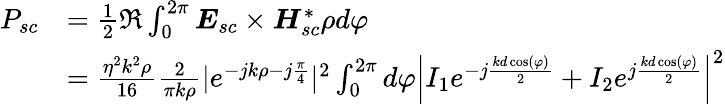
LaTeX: \begin{array}{rl}{P_{sc}}&{=\frac{1}{2}\Re\int_{0}^{2\pi}\boldsymbol{E}_{sc}\times\boldsymbol{H}_{sc}^{*}\rho d\varphi}\\ &{=\frac{\eta^{2}k^{2}\rho}{16}\frac{2}{\pi k\rho}|e^{-jk\rho-j\frac{\pi}{4}}|^{2}\int_{0}^{2\pi}d\varphi\left|I_{1}e^{-j\frac{kd\cos(\varphi)}{2}}+I_{2}e^{j\frac{kd\cos(\varphi)}{2}}\right|^{2}}\end{array}